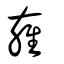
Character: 雍